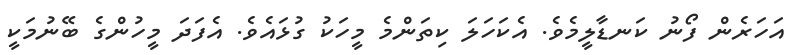
އަހަރެން ފޯނު ކަނޑާލީމެވެ. އެކަހަލަ ކިތަންމެ މީހަކު ގުޅައެވެ. އެފަދަ މީހުންގެ ބޭނުމަކީ